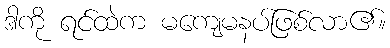
ဒါကို ရင်ထဲက မကျေမနပ်ဖြစ်လာ၏။